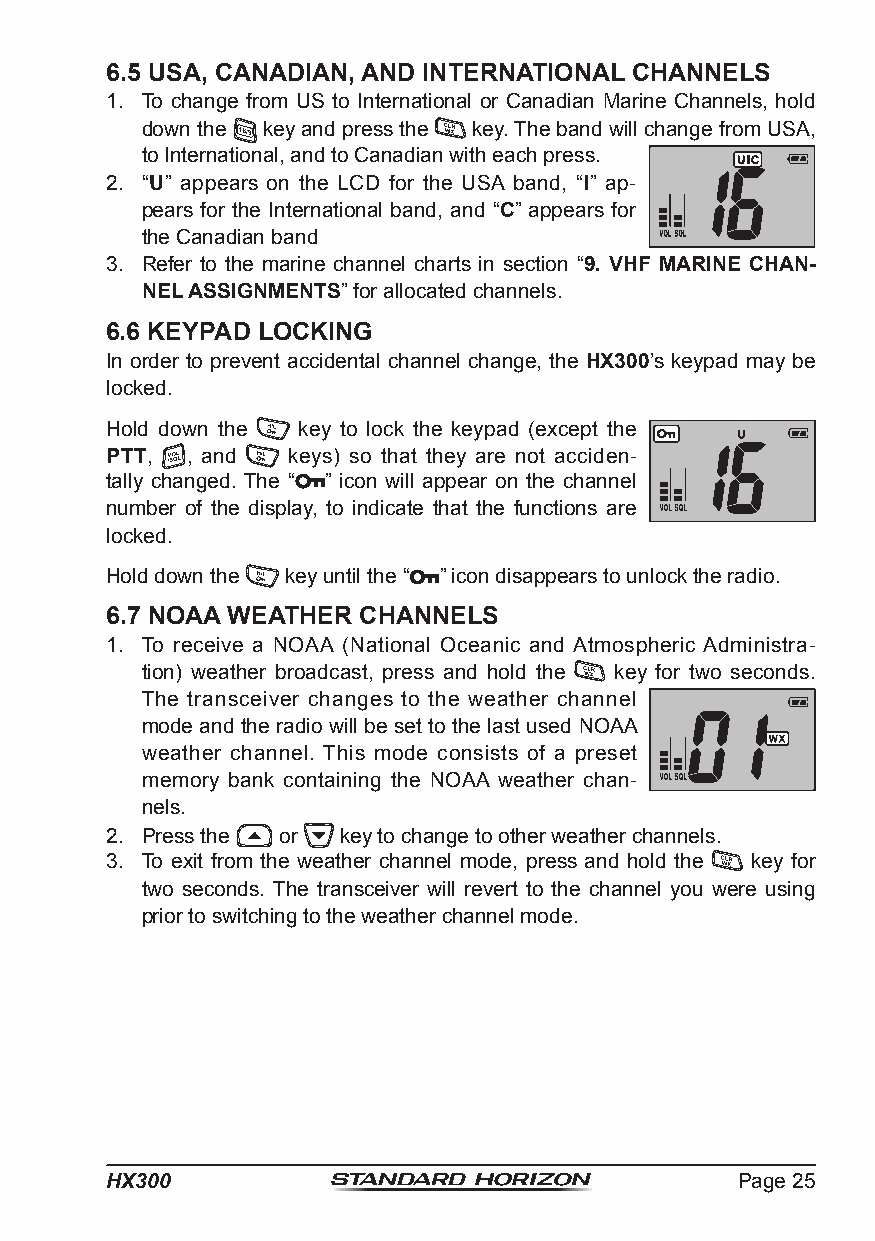
6.5 USA, CANADIAN, AND INTERNATIONAL CHANNELS
 1. To change from US to International or Canadian Marine Channels, hold
 down the key and press the key. The band will change from USA,
 to International, and to Canadian with each press.
 2. “U” appears on the LCD for the USA band, “I” ap-
 pears for the International band, and “C” appears for
 the Canadian band
 3. Refer to the marine channel charts in section “9. VHF MARINE CHAN-
 NEL ASSIGNMENTS” for allocated channels.
 6.6 KEYPAD LOCKING
 In order to prevent accidental channel change, the HX300’s keypad may be
 locked.
 Hold down the key to lock the keypad (except the
 PTT, , and  keys) so that they are not acciden-
 tally changed. The “ ” icon will appear on the channel
 number of the display, to indicate that the functions are
 locked.
 Hold down the key until the “ ” icon disappears to unlock the radio.
 6.7 NOAA WEATHER CHANNELS
 1. To receive a NOAA (National Oceanic and Atmospheric Administra-
 tion) weather broadcast, press and hold the key for two seconds.
 The transceiver changes to the weather channel
 mode and the radio will be set to the last used NOAA
 weather channel. This mode consists of a preset
 memory bank containing the NOAA weather chan-
 nels.
 2. Press the or key to change to other weather channels.
 3. To exit from the weather channel mode, press and hold the key for
 two seconds. The transceiver will revert to the channel you were using
 prior to switching to the weather channel mode.
 HX300                                     Page 25